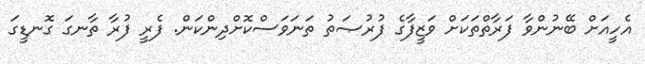
އެހީއަށް ބޭނުންވާ ފަރާތްތަކަށް ވަޒީފާގެ ފުރުޞަތު ތަނަވަސްކޮށްދިންކަން. ފެރީ ފުރާ ތާނގަ ގޮނޑީގަ